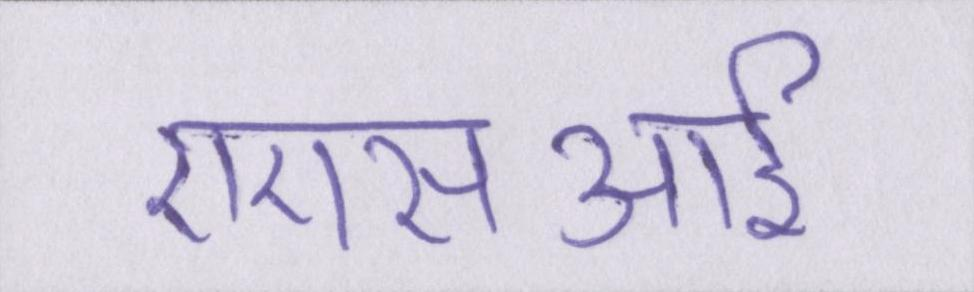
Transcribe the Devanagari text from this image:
एएसआई